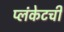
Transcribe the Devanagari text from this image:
प्लंकेटची